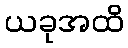
ယခုအထိ